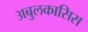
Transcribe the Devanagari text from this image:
अबुलकासिस